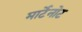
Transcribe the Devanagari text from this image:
मार्टेनोट